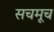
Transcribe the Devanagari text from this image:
सचमूच